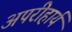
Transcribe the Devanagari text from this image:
अपरीहार्य